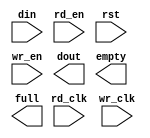
module asfifo9_4(
	din,
	rd_clk,
	rd_en,
	rst,
	wr_clk,
	wr_en,
	dout,
	empty,
	full);


input [8 : 0] din;
input rd_clk;
input rd_en;
input rst;
input wr_clk;
input wr_en;
output [8 : 0] dout;
output empty;
output full;

// synthesis translate_off

      FIFO_GENERATOR_V4_4 #(
		.C_COMMON_CLOCK(0),
		.C_COUNT_TYPE(0),
		.C_DATA_COUNT_WIDTH(4),
		.C_DEFAULT_VALUE("BlankString"),
		.C_DIN_WIDTH(9),
		.C_DOUT_RST_VAL("0"),
		.C_DOUT_WIDTH(9),
		.C_ENABLE_RLOCS(0),
		.C_FAMILY("virtex2p"),
		.C_FULL_FLAGS_RST_VAL(1),
		.C_HAS_ALMOST_EMPTY(0),
		.C_HAS_ALMOST_FULL(0),
		.C_HAS_BACKUP(0),
		.C_HAS_DATA_COUNT(0),
		.C_HAS_INT_CLK(0),
		.C_HAS_MEMINIT_FILE(0),
		.C_HAS_OVERFLOW(0),
		.C_HAS_RD_DATA_COUNT(0),
		.C_HAS_RD_RST(0),
		.C_HAS_RST(1),
		.C_HAS_SRST(0),
		.C_HAS_UNDERFLOW(0),
		.C_HAS_VALID(0),
		.C_HAS_WR_ACK(0),
		.C_HAS_WR_DATA_COUNT(0),
		.C_HAS_WR_RST(0),
		.C_IMPLEMENTATION_TYPE(2),
		.C_INIT_WR_PNTR_VAL(0),
		.C_MEMORY_TYPE(1),
		.C_MIF_FILE_NAME("BlankString"),
		.C_MSGON_VAL(1),
		.C_OPTIMIZATION_MODE(0),
		.C_OVERFLOW_LOW(0),
		.C_PRELOAD_LATENCY(1),
		.C_PRELOAD_REGS(0),
		.C_PRIM_FIFO_TYPE("512x36"),
		.C_PROG_EMPTY_THRESH_ASSERT_VAL(2),
		.C_PROG_EMPTY_THRESH_NEGATE_VAL(3),
		.C_PROG_EMPTY_TYPE(0),
		.C_PROG_FULL_THRESH_ASSERT_VAL(13),
		.C_PROG_FULL_THRESH_NEGATE_VAL(12),
		.C_PROG_FULL_TYPE(0),
		.C_RD_DATA_COUNT_WIDTH(4),
		.C_RD_DEPTH(16),
		.C_RD_FREQ(1),
		.C_RD_PNTR_WIDTH(4),
		.C_UNDERFLOW_LOW(0),
		.C_USE_DOUT_RST(1),
		.C_USE_ECC(0),
		.C_USE_EMBEDDED_REG(0),
		.C_USE_FIFO16_FLAGS(0),
		.C_USE_FWFT_DATA_COUNT(0),
		.C_VALID_LOW(0),
		.C_WR_ACK_LOW(0),
		.C_WR_DATA_COUNT_WIDTH(4),
		.C_WR_DEPTH(16),
		.C_WR_FREQ(1),
		.C_WR_PNTR_WIDTH(4),
		.C_WR_RESPONSE_LATENCY(1))
	inst (
		.DIN(din),
		.RD_CLK(rd_clk),
		.RD_EN(rd_en),
		.RST(rst),
		.WR_CLK(wr_clk),
		.WR_EN(wr_en),
		.DOUT(dout),
		.EMPTY(empty),
		.FULL(full),
		.CLK(),
		.INT_CLK(),
		.BACKUP(),
		.BACKUP_MARKER(),
		.PROG_EMPTY_THRESH(),
		.PROG_EMPTY_THRESH_ASSERT(),
		.PROG_EMPTY_THRESH_NEGATE(),
		.PROG_FULL_THRESH(),
		.PROG_FULL_THRESH_ASSERT(),
		.PROG_FULL_THRESH_NEGATE(),
		.RD_RST(),
		.SRST(),
		.WR_RST(),
		.ALMOST_EMPTY(),
		.ALMOST_FULL(),
		.DATA_COUNT(),
		.OVERFLOW(),
		.PROG_EMPTY(),
		.PROG_FULL(),
		.VALID(),
		.RD_DATA_COUNT(),
		.UNDERFLOW(),
		.WR_ACK(),
		.WR_DATA_COUNT(),
		.SBITERR(),
		.DBITERR());


// synthesis translate_on

endmodule